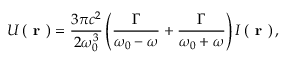
U \left( \textbf { r } \right) = \frac { 3 \pi c ^ { 2 } } { 2 \omega _ { 0 } ^ { 3 } } \left( \frac { \Gamma } { \omega _ { 0 } - \omega } + \frac { \Gamma } { \omega _ { 0 } + \omega } \right) I \left( \textbf { r } \right) ,